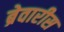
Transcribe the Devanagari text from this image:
ब्रेवारीस